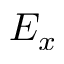
E _ { x }